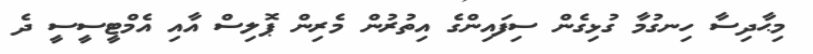
މިޙާދިސާ ހިނގުމާ ގުޅިގެން ސިފައިންގެ އިތުރުން މެރިން ޕޮލިސް އާއި އެމްޓީސީސީ ދެ